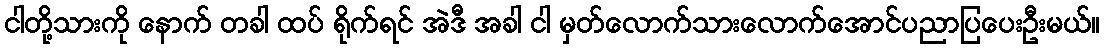
ငါတို့သားကို နောက် တခါ ထပ် ရိုက်ရင် အဲဒီ အခါ ငါ မှတ်လောက်သားလောက်အောင်ပညာပြပေးဦးမယ်။